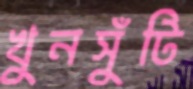
খুনসুঁটি